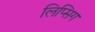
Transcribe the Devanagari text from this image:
लिप्सिग